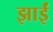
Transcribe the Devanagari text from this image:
झाईं